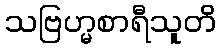
သဗြဟ္မစာရီသူတိ